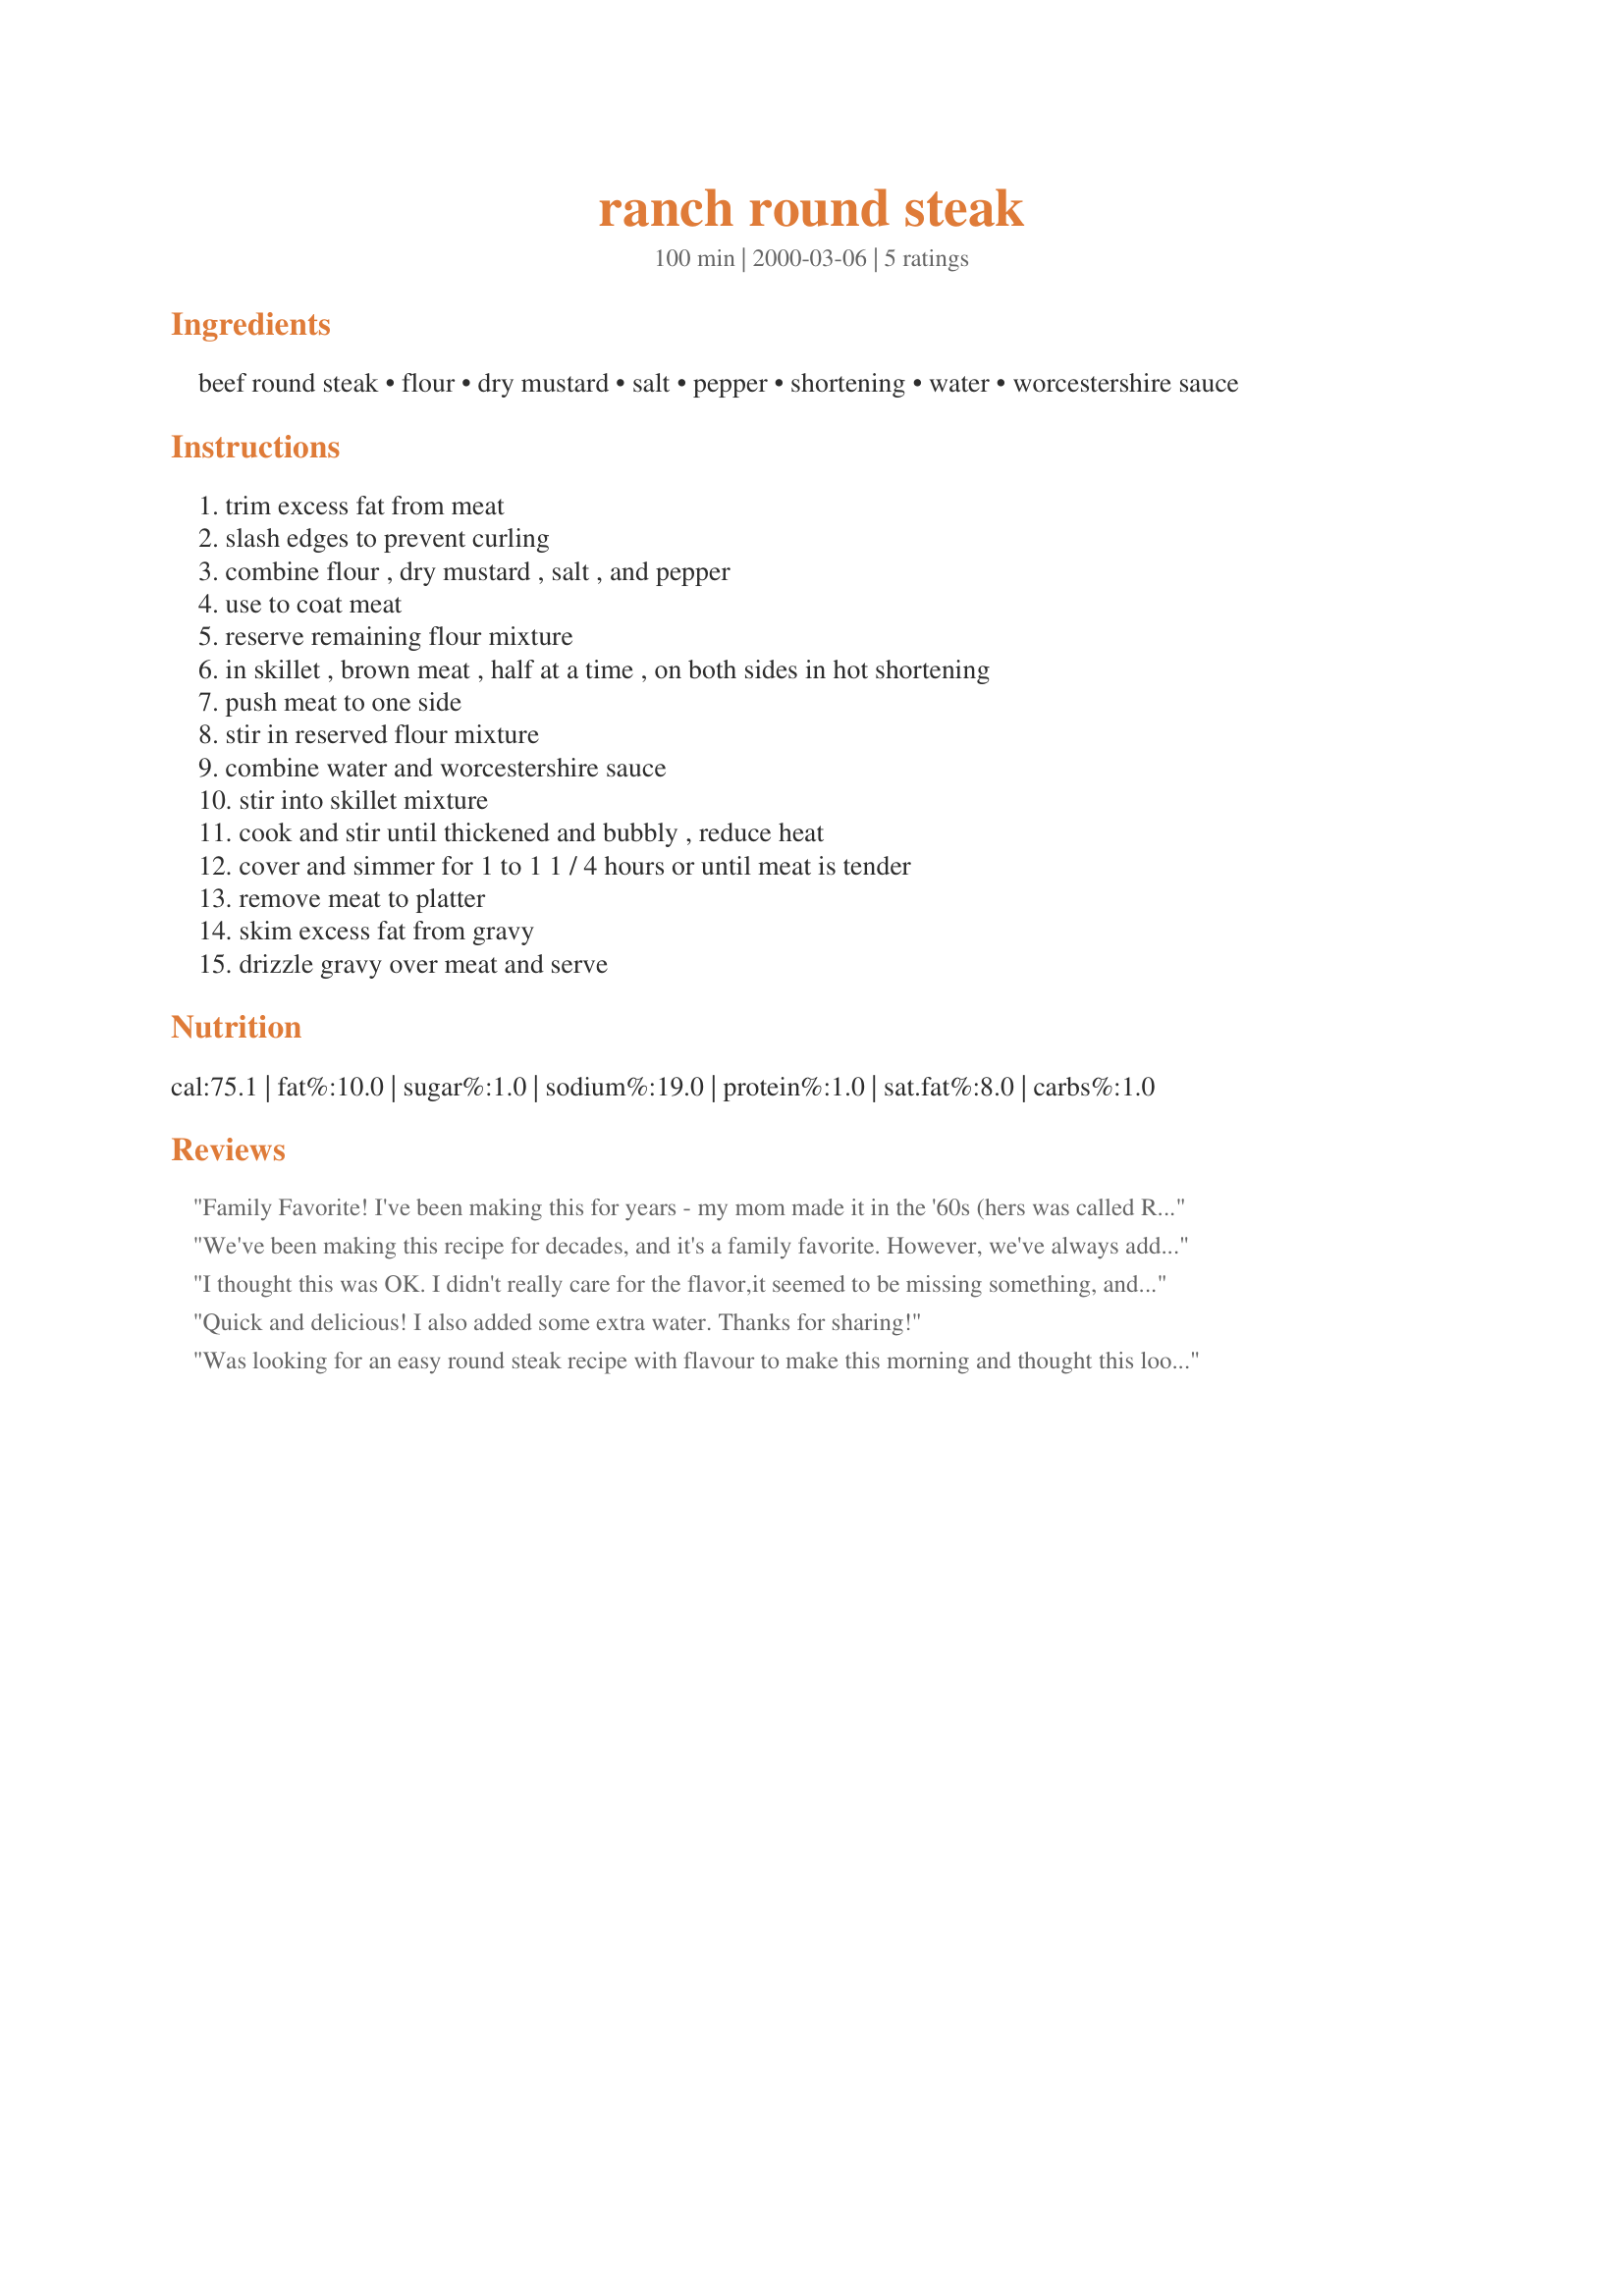
ranch round steak
Preparation time: 100 minutes

Ingredients:
beef round steak, flour, dry mustard, salt, pepper, shortening, water, worcestershire sauce

Steps:
trim excess fat from meat, slash edges to prevent curling, combine flour , dry mustard , salt , and pepper, use to coat meat, reserve remaining flour mixture, in skillet , brown meat , half at a time , on both sides in hot shortening, push meat to one side, stir in reserved flour mixture, combine water and worcestershire sauce, stir into skillet mixture, cook and stir until thickened and bubbly , reduce heat, cover and simmer for 1 to 1 1 / 4 hours or until meat is tender, remove meat to platter, skim excess fat from gravy, drizzle gravy over meat and serve

Reviews:
Family Favorite! I've been making this for years - my mom made it in the '60s (hers was called Ranch House Round Steak). I copied the recipe from her file when I settled down. It's best when you tenderize the meat with meat mallet before flouring and frying.
We've been making this recipe for decades, and it's a family favorite. However, we've always added extra water. It will help with the dryness of the meat. This is a great recipe for an electric skillet.
I thought this was OK. I didn't really care for the flavor,it seemed to be missing something, and the steaks were overcooked, with a dry texture after 1 hour of simmering. I did not deviate form the recipe, I made it as is with no substitutions. Sorry, I will not be making again.
Quick and delicious! I also added some extra water. Thanks for sharing!
Was looking for an easy round steak recipe with flavour to make this morning and thought this looked interesting..well it was more than that. It was Excellent...added a tub of sliced baby bella's and a little more pepper and some garlic but that is only because my husband likes garlicy spicey......was wonderful as it was as it was.
